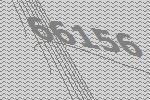
66156